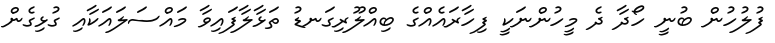
ފުލުހުން ބުނީ ހޯދާ ދެ މީހުންނަކީ ފިހާރައެއްގެ ބިއްލޫރިގަނޑު ތަޅާލާފައިވާ މައްސަލައަކާއި ގުޅިގެން